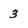
Character: 3